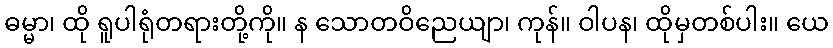
ဓမ္မာ၊ ထို ရူပါရုံတရားတို့ကို။ န သောတဝိညေယျာ၊ ကုန်။ ဝါပန၊ ထိုမှတစ်ပါး။ ယေ